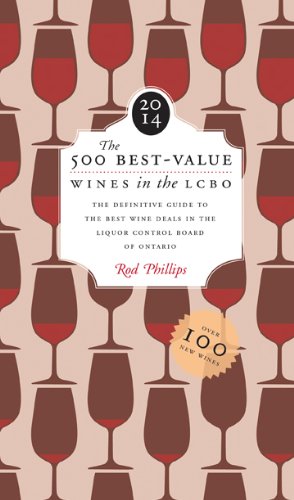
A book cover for The 500 Best-Value Wines in the LCBO 2014: Updated sixth edition; Rod Phillips; Cookbooks, Food & Wine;